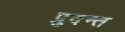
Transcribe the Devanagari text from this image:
प्रुदन्त